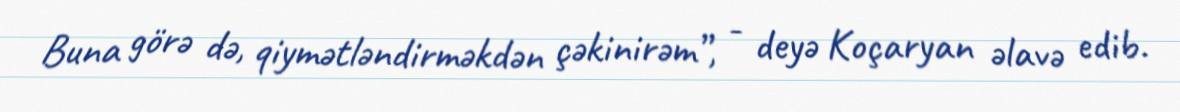
Buna görə də, qiymətləndirməkdən çəkinirəm”, - deyə Koçaryan əlavə edib.